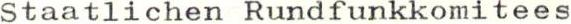
Staatlichen Rundfunkkomitees